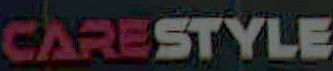
CARESTYLE